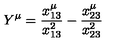
Y ^ { \mu } = \frac { x _ { 1 3 } ^ { \mu } } { x _ { 1 3 } ^ { 2 } } - \frac { x _ { 2 3 } ^ { \mu } } { x _ { 2 3 } ^ { 2 } }